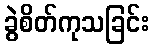
ခွဲစိတ်ကုသခြင်း